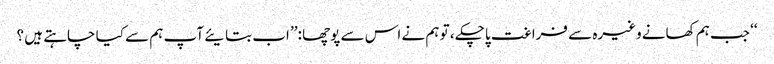
‘‘ جب ہم کھانے وغیرہ سے فراغت پاچکے ، تو ہم نے اس سے پوچھا :’’ اب بتایئے آپ ہم سے کیا چاہتے ہیں ؟